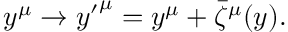
y ^ { \mu } \to { y ^ { \prime } } ^ { \mu } = y ^ { \mu } + \bar { \zeta } ^ { \mu } ( y ) .